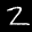
Label: 2